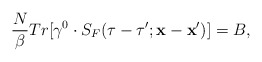
\begin{align*}\frac{N}{\beta}Tr[\gamma^{0}\cdot S_{F}(\tau-\tau';{\bf x}-{\bf x}')]=B,\end{align*}